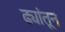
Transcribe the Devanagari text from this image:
ढ्यांतून